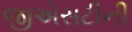
જીએસટીની